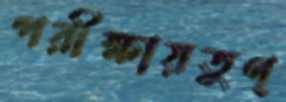
পরীক্ষায়তুণ্